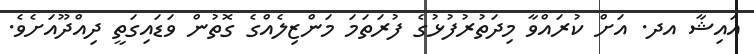
އައިޝާ އދ. އަށް ކުރައްވާ މިދަތުރުފުޅުގެ ފުރަތަމަ މަންޒިލެއްގެ ގޮތުން ވަޑައިގަތީ ދިއްދޫއަށެވެ.